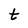
Character: t